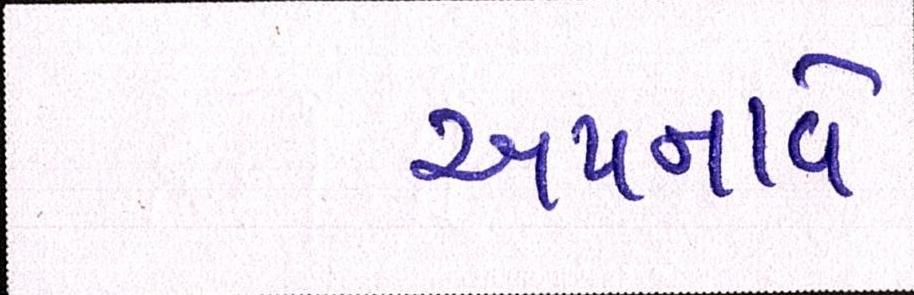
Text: અપનાવે